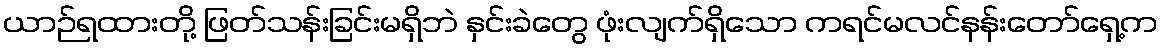
ယာဉ်ရထားတို့ ဖြတ်သန်းခြင်းမရှိဘဲ နှင်းခဲတွေ ဖုံးလျက်ရှိသော ကရင်မလင်နန်းတော်ရှေ့က